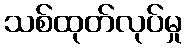
သစ်ထုတ်လုပ်မှု